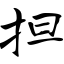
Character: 担